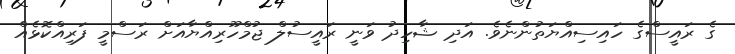
ގެ ރައީސްގެ ހައިސިއްޔަތުންނެވެ. އަދި ޝާހިދު ވަނީ ރައީސުލް ޖުމްހޫރިއްޔާއަށް ރަސްމީ ފަރިއްކޮޅެއް